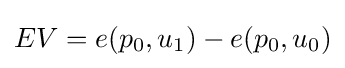
EV=e(p_{0},u_{1})-e(p_{0},u_{0})